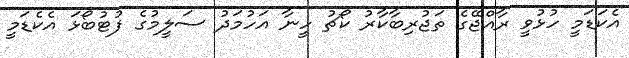
އެކަޑަމީ ހުޅުވީ ރާއްޖޭގެ ތަޖުރިބާކާރު ކޯޗު ހީނާ އަހުމަދު ސަލީމުގެ ފުޓުބޯޅަ އެކެޑަމީ